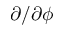
\partial / \partial \phi